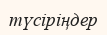
түсіріңдер